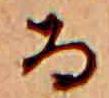
る